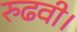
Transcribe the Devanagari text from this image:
रुढवी।